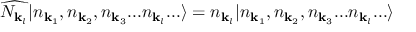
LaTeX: { \widehat { N _ { { \mathbf { k } } _ { l } } } } | n _ { { \mathbf { k } } _ { 1 } } , n _ { { \mathbf { k } } _ { 2 } } , n _ { { \mathbf { k } } _ { 3 } } . . . n _ { { \mathbf { k } } _ { l } } . . . \rangle = n _ { { \mathbf { k } } _ { l } } | n _ { { \mathbf { k } } _ { 1 } } , n _ { { \mathbf { k } } _ { 2 } } , n _ { { \mathbf { k } } _ { 3 } } . . . n _ { { \mathbf { k } } _ { l } } . . . \rangle